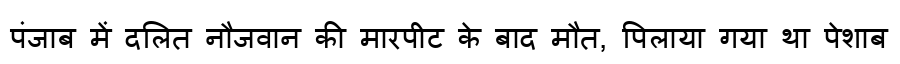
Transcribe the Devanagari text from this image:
पंजाब में दलित नौजवान की मारपीट के बाद मौत, पिलाया गया था पेशाब